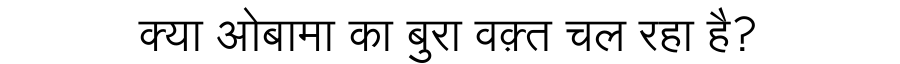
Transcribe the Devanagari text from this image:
क्या ओबामा का बुरा वक़्त चल रहा है?